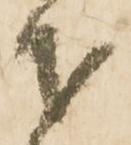
才